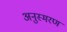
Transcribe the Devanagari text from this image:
अनुस्मरण